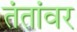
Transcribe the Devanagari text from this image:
तंतांवर